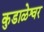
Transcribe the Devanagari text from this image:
कुडाळेश्वर